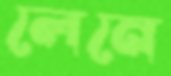
লেনে